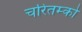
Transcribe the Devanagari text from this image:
चरितम्को